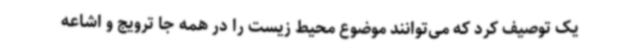
یک توصیف کرد که می‌توانند موضوع محیط زیست را در همه جا ترویج و اشاعه